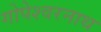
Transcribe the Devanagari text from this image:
गोपेश्वरनाथ